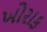
ખોરાક